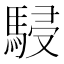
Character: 駸